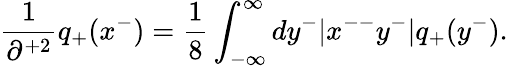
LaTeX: \frac{1}{\partial^{+2}}q_{+}(x^{-})=\frac{1}{8}\int_{-\infty}^{\infty}dy^{-}|x^{--}y^{-}|q_{+}(y^{-}).